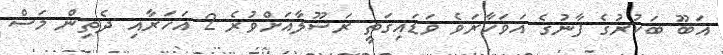
އަބޫ ބަކުރުގެ ފާނުގެ އަވަހާރަވެ ވަޑައިގަތީ ރަސޫލާއަށްވުރެ 2 އަހަރާއި ދެތިން މަސް